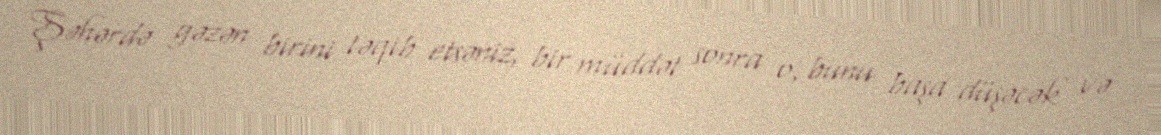
Şəhərdə gəzən birini təqib etsəniz, bir müddət sonra o, bunu başa düşəcək və